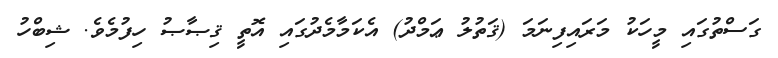
ގަސްތުގައި މީހަކު މަރައިފިނަމަ (ޤަތުލު ޢަމްދު) އެކަމާމެދުގައި އޮތީ ޤިޞާޞު ހިފުމެވެ. ޝިބްހު